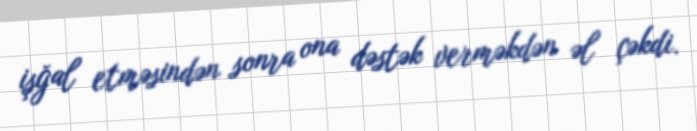
işğal etməsindən sonra ona dəstək verməkdən əl çəkdi.